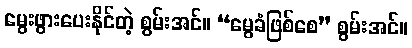
မွေးဖွားပေးနိုင်တဲ့ စွမ်းအင်။ “မွေခံဖြစ်စေ” စွမ်းအင်။